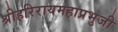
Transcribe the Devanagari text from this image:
श्रीहरिरायमहाप्रभुजी